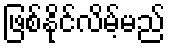
ဖြစ်နိုင်လိမ့်မည်